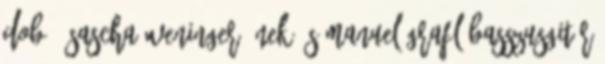
dob , Sascha Weninger ének és Manuel Grafl basszusgitár